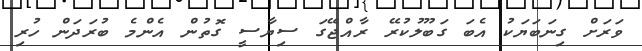
ވަރަށް ގިނަބަޔަކު އެބަ ގަބޫލުކުރޭ ރާއްޖޭގަ ސިޔާސީ ގޮތުން އެންމެ ބުރަދަން ހުރި